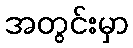
အတွင်းမှာ